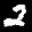
Label: 2